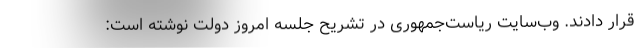
قرار دادند. وب‌سایت ریاست‌جمهوری در تشریح جلسه امروز دولت نوشته است: